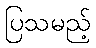
ပြသမည့်